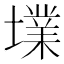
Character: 𡑿